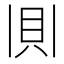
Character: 𫎎